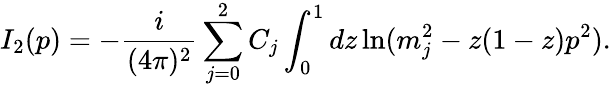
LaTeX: I_{2}(p)=-\frac i{(4\pi)^{2}}\sum_{j=0}^{2}C_{j}\int_{0}^{1}dz\ln(m_{j}^{2}-z(1-z)p^{2}).